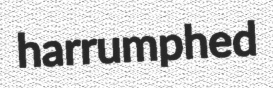
harrumphed